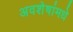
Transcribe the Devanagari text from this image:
अवशेषांमधे